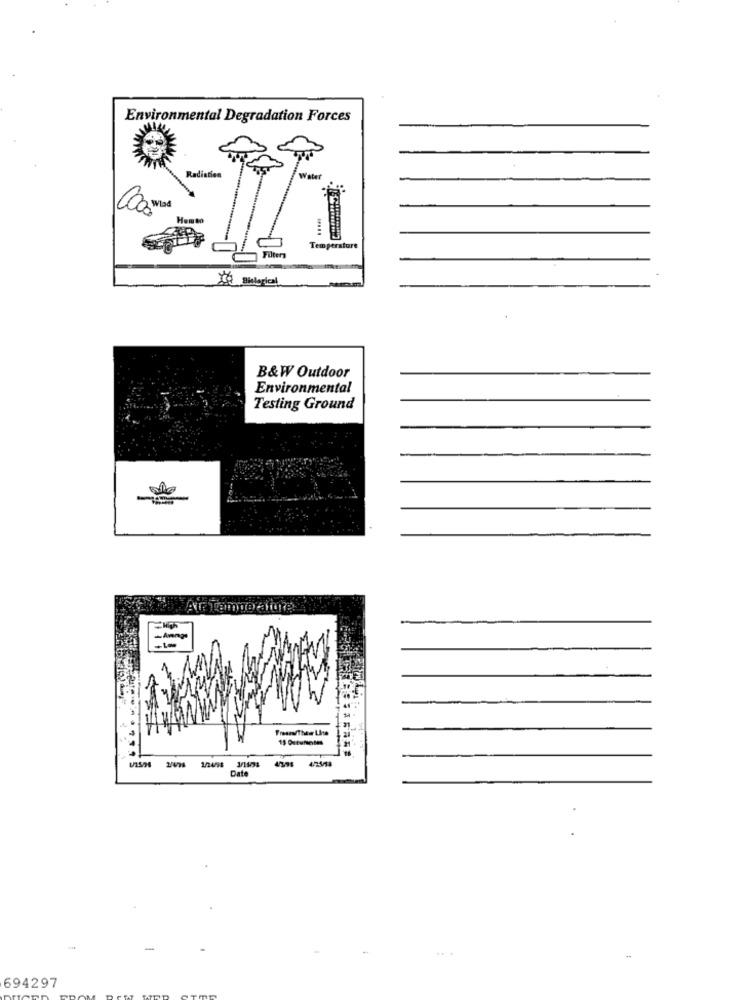
Environmental Degradation Forces
Radiation
Comos
Hemto
Temperature
Bolial
B&W Outdoor
Environmental
Testing Ground
Air Temperature.
-Annpe
4394 4/23/18
Date
694297